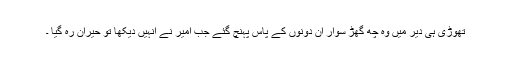
تھوڑی ہی دیر میں وہ چھ گھڑ سوار ان دونوں کے پاس پہنچ گئے جب امیر نے انہیں دیکھا تو حیران رہ گیا ۔